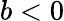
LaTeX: b<0